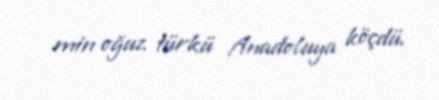
min oğuz türkü Anadoluya köçdü.